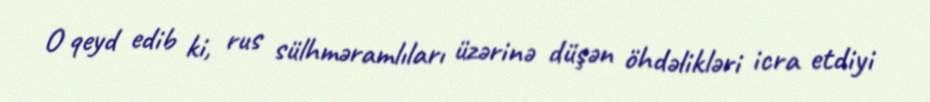
O qeyd edib ki, rus sülhməramlıları üzərinə düşən öhdəlikləri icra etdiyi